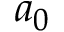
a _ { 0 }